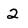
Character: 2